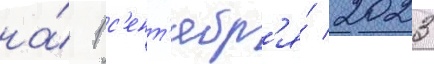
на́ 1 с'ент'ябр'я́ 2023